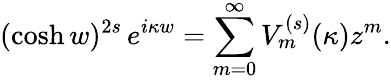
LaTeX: (\cosh w)^{2s}\, e^{i\kappa w}=\sum_{m=0}^{\infty}V_{m}^{(s)}(\kappa)z^{m}.